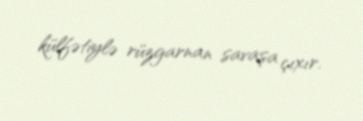
külfətiylə rüzgarnan savaşa çıxır.